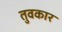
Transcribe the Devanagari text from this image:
तुवकार